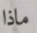
ماذا